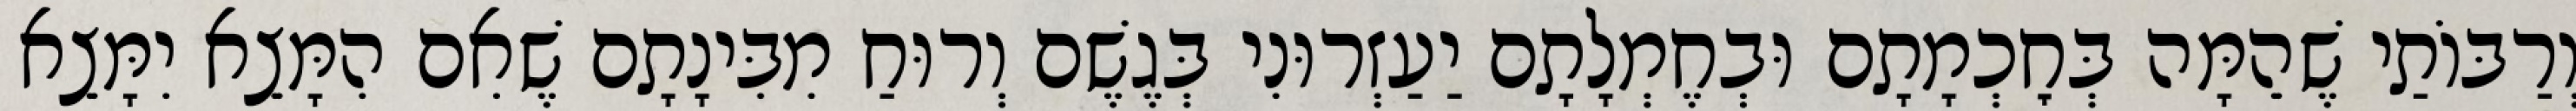
וְרַבּוֹתַי שֶׁהֵמָּה בְּחׇכְמָתָם וּבְחֶמְלָתָם יַעַזְרוּנִי בְּגֶשֶׁם וְרוּחַ מִבִּינָתָם שֶׁאִם הִמָּצֵא יִמָּצֵא